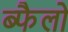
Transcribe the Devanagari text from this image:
ब्फैलो